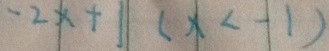
- 2 x + 1 ( x < - 1 )